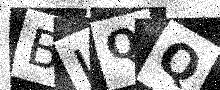
Text: BJQQ